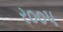
ર૦૦પ